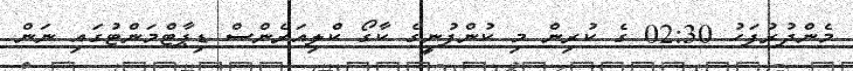
މެންދުރުފަހު 02:30 ގެ ކުރިން މި ކުންފުނީގެ ކާގޯ ކްލިއަރެންސް ޑިޕާޓްމަންޓުގައި ނަން